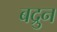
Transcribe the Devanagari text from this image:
बद्रुन